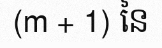
(m + 1) នៃ